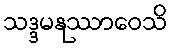
သဒ္ဒမနုဿာဝေသိ